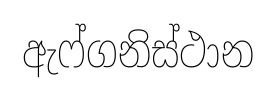
ඇෆ්ගනිස්ථාන